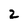
Character: 2